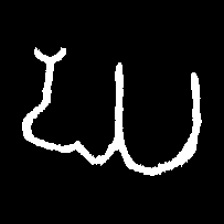
Pyu character \u2014 Myanmar letter: ဃ (romanized: gha)